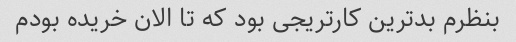
بنظرم بدترین کارتریجی بود که تا الان خریده بودم